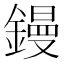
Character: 鏝